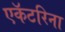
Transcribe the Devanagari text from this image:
एकॅटरिना